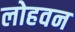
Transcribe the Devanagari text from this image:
लोहवन